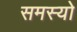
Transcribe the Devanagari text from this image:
समस्यो